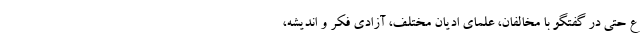
ع حتی در گفتگو با مخالفان، علمای ادیان مختلف، آزادی فکر و اندیشه،